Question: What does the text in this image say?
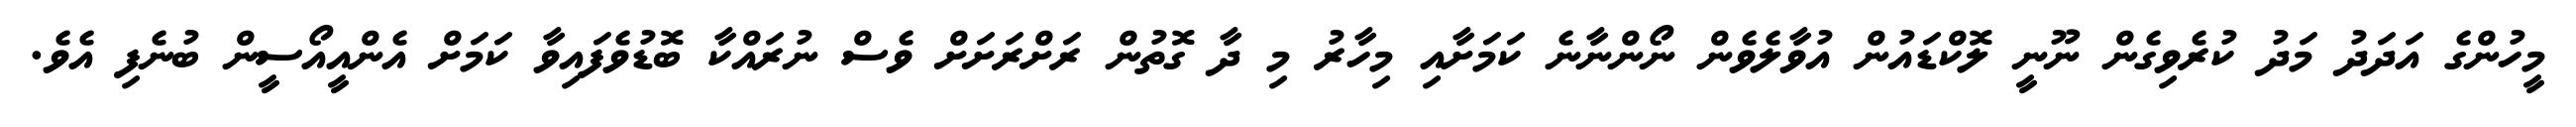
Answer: މީހުންގެ އަދަދު މަދު ކުރެވިގެން ނޫނީ ލޮކްޑައުން އުވާލެވެން ނޯންނާނެ ކަމަށާއި މިހާރު މި ދާ ގޮތުން ރަށްރަށަށް ވެސް ނުރައްކާ ބޮޑުވެފައިވާ ކަމަށް އެންއީއޯސީން ބުނެފި އެވެ.